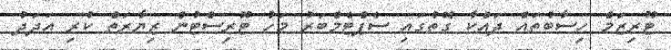
ޓޫރިޒަމް ހިސާބުތައް ދައްކާ ގޮތުގައި ސެޕްޓެމްބަރު މަހު ޓޫރިސްޓުން ޒިޔާރަތް ކުރި އަދަދު